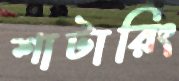
শাটারিং